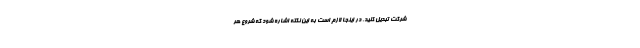
شرکت تبدیل کنید. در اینجا لازم است به این نکته اشاره شود که شروع هر